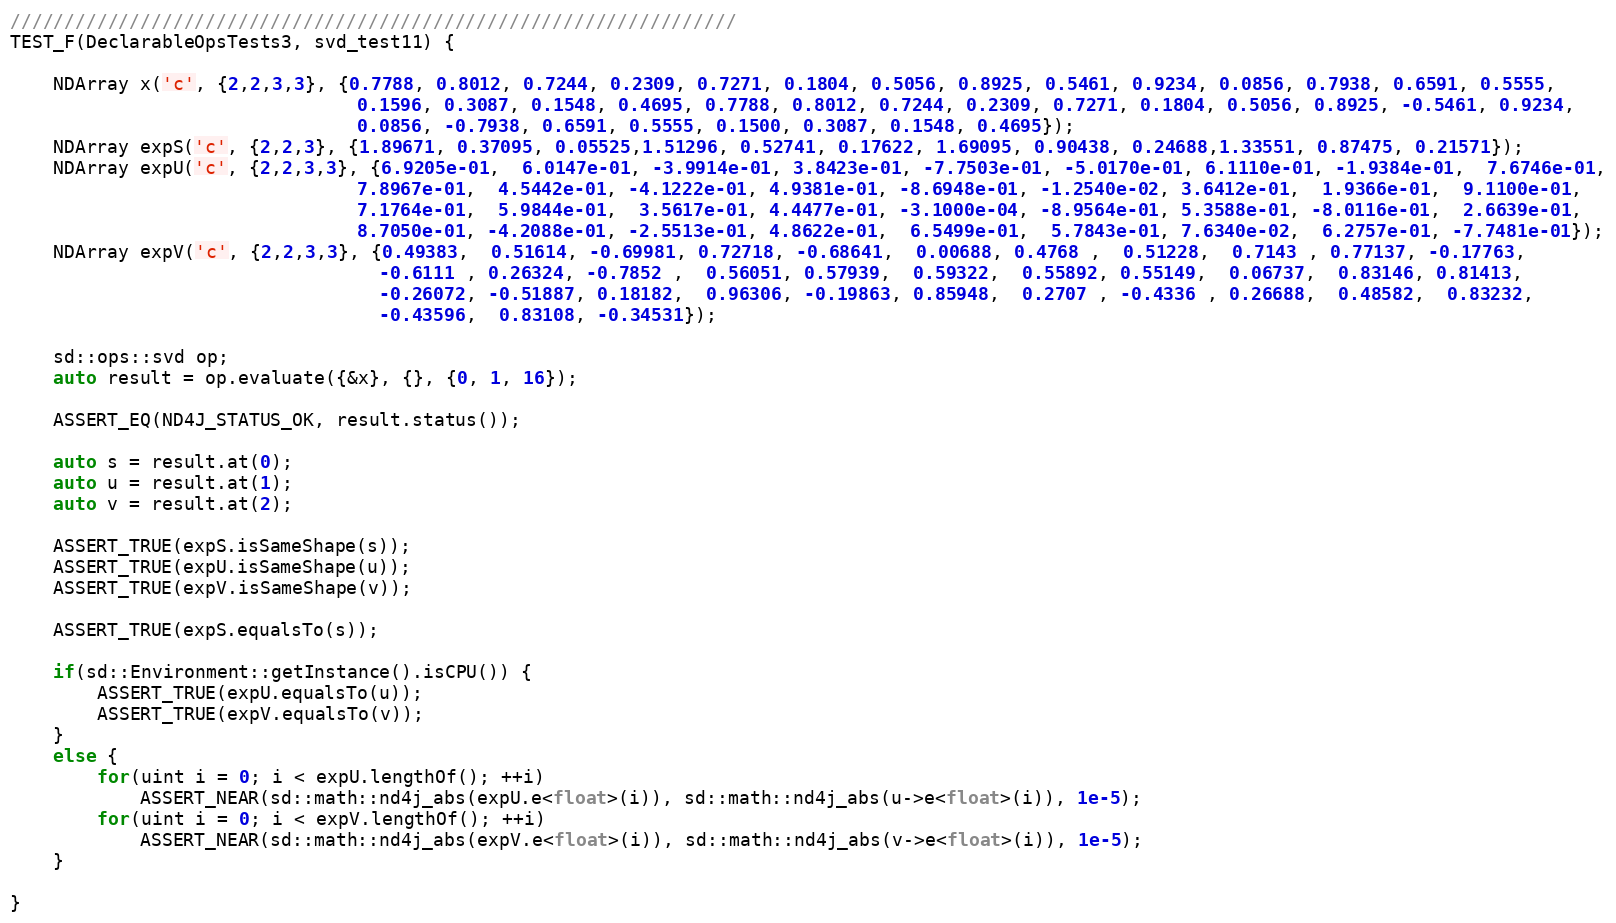
Language: C++
///////////////////////////////////////////////////////////////////
TEST_F(DeclarableOpsTests3, svd_test11) {

    NDArray x('c', {2,2,3,3}, {0.7788, 0.8012, 0.7244, 0.2309, 0.7271, 0.1804, 0.5056, 0.8925, 0.5461, 0.9234, 0.0856, 0.7938, 0.6591, 0.5555,
                                0.1596, 0.3087, 0.1548, 0.4695, 0.7788, 0.8012, 0.7244, 0.2309, 0.7271, 0.1804, 0.5056, 0.8925, -0.5461, 0.9234,
                                0.0856, -0.7938, 0.6591, 0.5555, 0.1500, 0.3087, 0.1548, 0.4695});
    NDArray expS('c', {2,2,3}, {1.89671, 0.37095, 0.05525,1.51296, 0.52741, 0.17622, 1.69095, 0.90438, 0.24688,1.33551, 0.87475, 0.21571});
    NDArray expU('c', {2,2,3,3}, {6.9205e-01,  6.0147e-01, -3.9914e-01, 3.8423e-01, -7.7503e-01, -5.0170e-01, 6.1110e-01, -1.9384e-01,  7.6746e-01,
                                7.8967e-01,  4.5442e-01, -4.1222e-01, 4.9381e-01, -8.6948e-01, -1.2540e-02, 3.6412e-01,  1.9366e-01,  9.1100e-01,
                                7.1764e-01,  5.9844e-01,  3.5617e-01, 4.4477e-01, -3.1000e-04, -8.9564e-01, 5.3588e-01, -8.0116e-01,  2.6639e-01,
                                8.7050e-01, -4.2088e-01, -2.5513e-01, 4.8622e-01,  6.5499e-01,  5.7843e-01, 7.6340e-02,  6.2757e-01, -7.7481e-01});
    NDArray expV('c', {2,2,3,3}, {0.49383,  0.51614, -0.69981, 0.72718, -0.68641,  0.00688, 0.4768 ,  0.51228,  0.7143 , 0.77137, -0.17763,
                                  -0.6111 , 0.26324, -0.7852 ,  0.56051, 0.57939,  0.59322,  0.55892, 0.55149,  0.06737,  0.83146, 0.81413,
                                  -0.26072, -0.51887, 0.18182,  0.96306, -0.19863, 0.85948,  0.2707 , -0.4336 , 0.26688,  0.48582,  0.83232,
                                  -0.43596,  0.83108, -0.34531});

    sd::ops::svd op;
    auto result = op.evaluate({&x}, {}, {0, 1, 16});

    ASSERT_EQ(ND4J_STATUS_OK, result.status());

    auto s = result.at(0);
    auto u = result.at(1);
    auto v = result.at(2);

    ASSERT_TRUE(expS.isSameShape(s));
    ASSERT_TRUE(expU.isSameShape(u));
    ASSERT_TRUE(expV.isSameShape(v));

    ASSERT_TRUE(expS.equalsTo(s));

    if(sd::Environment::getInstance().isCPU()) {
        ASSERT_TRUE(expU.equalsTo(u));
        ASSERT_TRUE(expV.equalsTo(v));
    }
    else {
        for(uint i = 0; i < expU.lengthOf(); ++i)
            ASSERT_NEAR(sd::math::nd4j_abs(expU.e<float>(i)), sd::math::nd4j_abs(u->e<float>(i)), 1e-5);
        for(uint i = 0; i < expV.lengthOf(); ++i)
            ASSERT_NEAR(sd::math::nd4j_abs(expV.e<float>(i)), sd::math::nd4j_abs(v->e<float>(i)), 1e-5);
    }

}